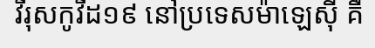
វីរុសកូវីដ១៩ នៅប្រទេសម៉ាឡេស៊ី គឺ